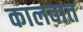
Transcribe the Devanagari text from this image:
कालवात